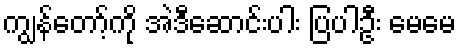
ကျွန်တော့်ကို အဲဒီဆောင်းပါး ပြပါဦး မေမေ